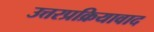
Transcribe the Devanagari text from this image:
उत्तरप्रक्रियावाद